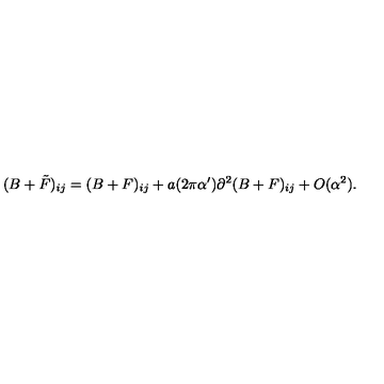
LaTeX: ( B + \tilde { F } ) _ { i j } = ( B + F ) _ { i j } + a ( 2 \pi \alpha ^ { \prime } ) \partial ^ { 2 } ( B + F ) _ { i j } + O ( \alpha ^ { 2 } ) .